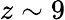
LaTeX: z\sim 9